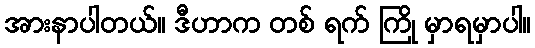
အားနာပါတယ်။ ဒီဟာက တစ် ရက် ကြို မှာရမှာပါ။